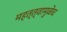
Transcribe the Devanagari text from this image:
महत्त्वामुळेच